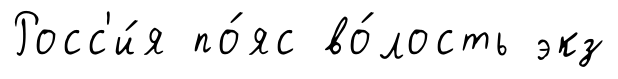
Росс'и́я по́яс во́лость экз